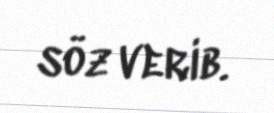
söz verib.